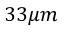
3 3 \mu m